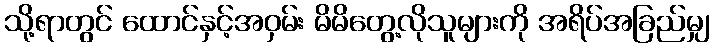
သို့ရာတွင် ထောင်နှင့်အဝှမ်း မိမိတွေ့လိုသူများကို အရိပ်အခြည်မျှ